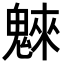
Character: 𩳳